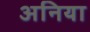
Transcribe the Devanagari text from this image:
अनिया